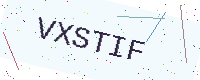
Text: VXSTIF